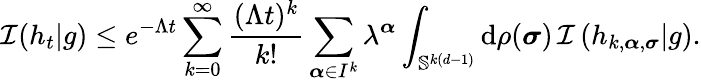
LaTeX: \mathcal{I}(h_{t}|g)\leq e^{-\Lambda t}\sum_{k=0}^{\infty}\frac{(\Lambda t)^{k}}{k!}\sum_{\boldsymbol{\alpha}\in I^{k}}\lambda^{\boldsymbol{\alpha}}\int_{\mathbb{S}^{k(d-1)}}\textup{d}\rho(\boldsymbol{\sigma})\, \mathcal{I}\left(h_{k,\boldsymbol{\alpha},\boldsymbol{\sigma}}|g\right).